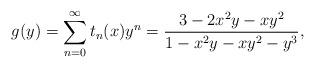
LaTeX: \begin{align*}g(y)=\sum_{n=0}^{\infty}t_{n}(x)y^{n}=\frac{3-2x^{2}y-xy^{2}}{1-x^{2}y-xy^{2}-y^{3}},\end{align*}